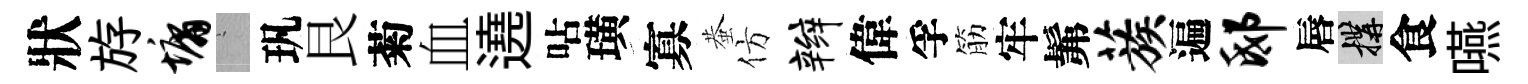
狀斿墉搖㺬艮菊血遶呫璜寡蛬仿辫偉孚筋牢髴蔟遍邸唇構食嚥